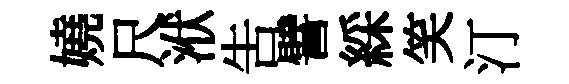
嬈尺洑告譬綵笑汀